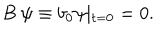
B \ \psi \equiv b _ { 0 } \psi \vert _ { t = 0 } = 0 .